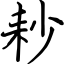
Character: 耖